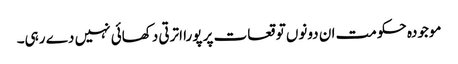
موجودہ حکومت ان دونوں توقعات پر پورا اترتی دکھائی نہیں دے رہی۔